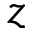
z